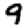
Digit: 9